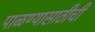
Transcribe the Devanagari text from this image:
पाळण्यासाठीची